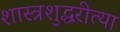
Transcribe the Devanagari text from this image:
शास्त्रशुद्धरीत्या